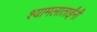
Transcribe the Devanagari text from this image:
श्यामलाताईंनी